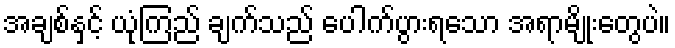
အချစ်နှင့် ယုံကြည် ချက်သည် ပေါက်ပွားရသော အရာမျိုးတွေပဲ။